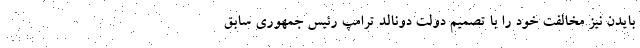
بایدن نیز مخالفت خود را با تصمیم دولت دونالد ترامپ رئیس جمهوری سابق